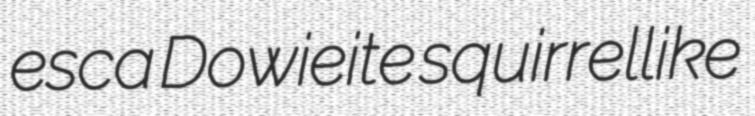
esca Dowieite squirrellike